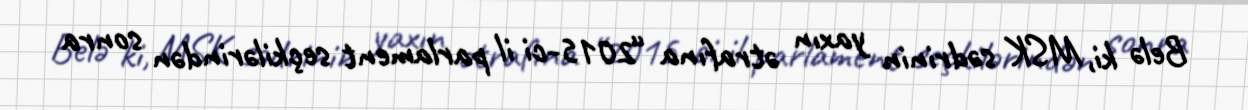
Belə ki, MSK sədrinin yaxın ətrafına “2015-ci il parlament seçkilərindən sonra